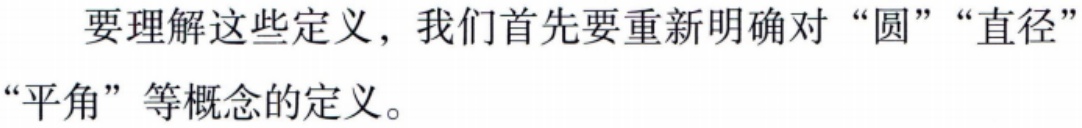
要理解这些定义，我们首先要重新明确对 “圆”“直径”“平角” 等概念的定义。